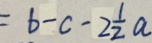
= b - c - 2 \frac { 1 } { 2 } a